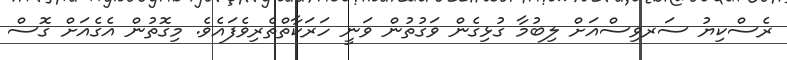
ރެސްކިޔު ސަރވިސްއަށް ލިބުމާ ގުޅިގެން ވަގުތުން ވަނީ ހަރަކާތްތެރިވެފައެވެ. މިގޮތުން އެގެއަށް ގޮސް